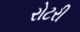
રોટરી